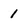
Character: 1